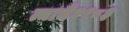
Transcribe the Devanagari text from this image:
त्याने१९८३